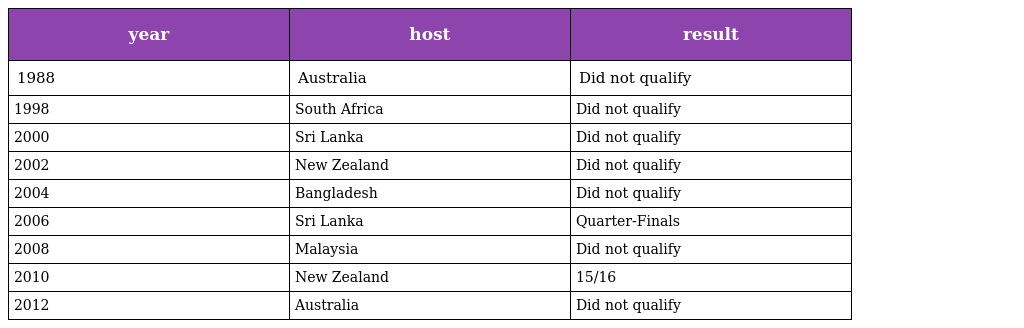
| year | host | result |
 | --- | --- | --- |
 | 1988 | Australia | Did not qualify |
 | 1998 | South Africa | Did not qualify |
 | 2000 | Sri Lanka | Did not qualify |
 | 2002 | New Zealand | Did not qualify |
 | 2004 | Bangladesh | Did not qualify |
 | 2006 | Sri Lanka | Quarter-Finals |
 | 2008 | Malaysia | Did not qualify |
 | 2010 | New Zealand | 15/16 |
 | 2012 | Australia | Did not qualify |